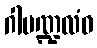
ဂါမဏ္ဍလံဝ